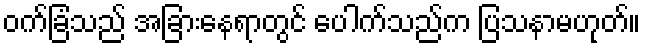
ဝက်ခြံသည် အခြားနေရာတွင် ပေါက်သည်က ပြသနာမဟုတ်။